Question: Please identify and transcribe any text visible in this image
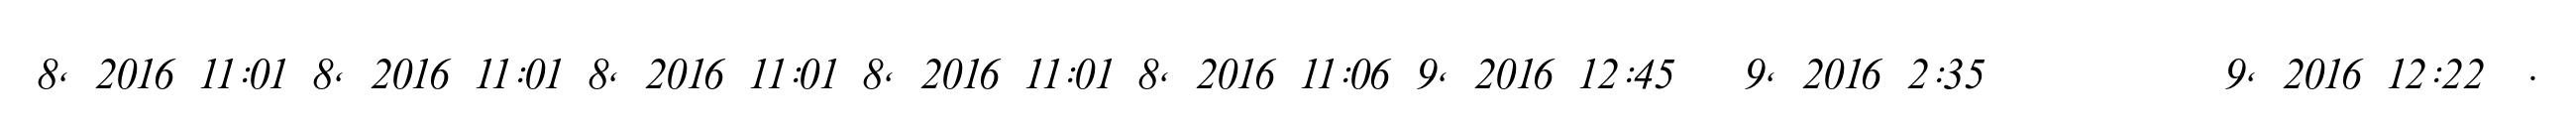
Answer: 8, 2016 11:01 8, 2016 11:01 8, 2016 11:01 8, 2016 11:01 8, 2016 11:06 9, 2016 12:45 ? 9, 2016 2:35 ? ? ? ? ? 9, 2016 12:22 ?.